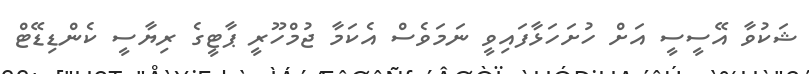
ޝަކުވާ އޭސީސީ އަށް ހުށަހަޅާފައިވީ ނަމަވެސް އެކަމާ ޖުމްހޫރީ ޕާޓީގެ ރިޔާސީ ކެންޑިޑޭޓް